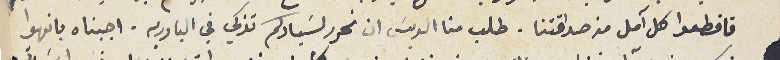
فاقطعوا كل آمل من صداقتنا. طلب منا الريسَ ان نحرر لسَيادكم تذكي في البادريه. اجبناه بانهوا